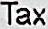
TAX